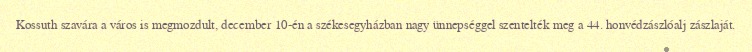
Kossuth szavára a város is megmozdult, december 10-én a székesegyházban nagy ünnepséggel szentelték meg a 44. honvédzászlóalj zászlaját.